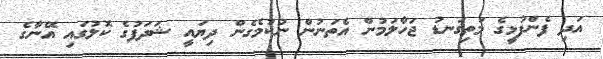
އަދި ފެންފުޅީގެ މަތިގަނޑު ޖަހާލަމުން އެތަނުން ނުކުމެގެން ދިޔައީ ޝަދަފުގެ ކޮލުގައި އޭނާގެ